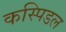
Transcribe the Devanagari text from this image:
कस्पिडल